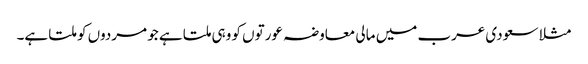
مثلا سعودی عرب میں مالی معاوضہ عورتوں کو وہی ملتا ہے جو مردوں کو ملتا ہے۔